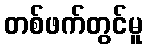
တစ်ဖက်တွင်မူ